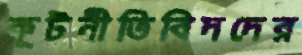
কূটনীতিবিদদের